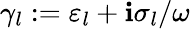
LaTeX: \gamma_{l}:=\varepsilon_{l}+\mathbf{i}\sigma_{l}/\omega